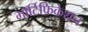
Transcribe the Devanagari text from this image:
मॉर्टिफ़िकेशन